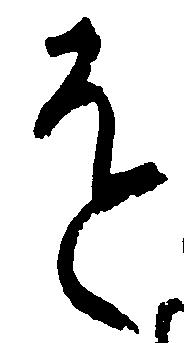
を